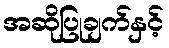
အဆိုပြုချက်နှင့်